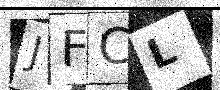
Text: JFCL